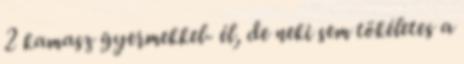
2 kamasz gyermekkel- él, de neki sem tökéletes a